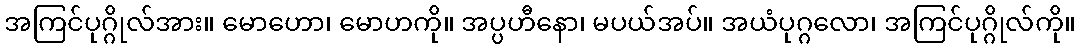
အကြင်ပုဂ္ဂိုလ်အား။ မောဟော၊ မောဟကို။ အပ္ပဟီနော၊ မပယ်အပ်။ အယံပုဂ္ဂလော၊ အကြင်ပုဂ္ဂိုလ်ကို။